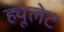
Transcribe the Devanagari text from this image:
ह्यूलेट